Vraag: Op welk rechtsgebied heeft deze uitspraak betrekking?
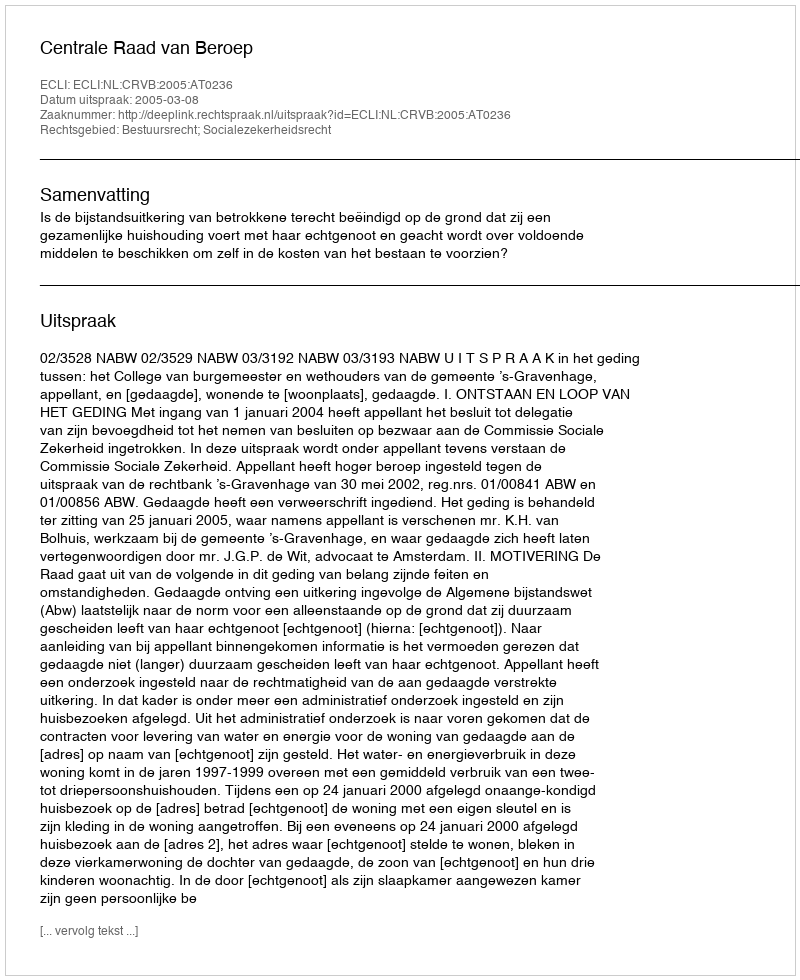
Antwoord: Bestuursrecht; Socialezekerheidsrecht